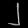
Digit: ၂